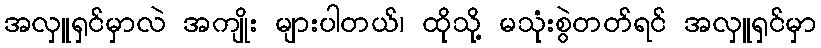
အလှူရှင်မှာလဲ အကျိုး များပါတယ်၊ ထိုသို့ မသုံးစွဲတတ်ရင် အလှူရှင်မှာ